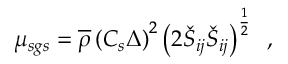
\mu _ { s g s } = \overline { { \rho } } \left( C _ { s } \Delta \right) ^ { 2 } \left( 2 \check { S } _ { i j } \check { S } _ { i j } \right) ^ { \frac { 1 } { 2 } } \, \mathrm { ~ , ~ }